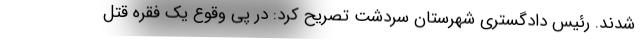
شدند. رئیس دادگستری شهرستان سردشت تصریح کرد: در پی وقوع یک فقره قتل